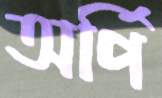
অর্পি